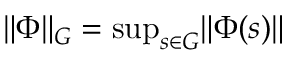
\| \Phi \| _ { G } = { \mathrm { s u p } } _ { s \in G } \| \Phi ( s ) \|